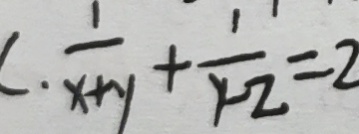
\cdot \frac { 1 } { x + y } + \frac { 1 } { y - z } = 2